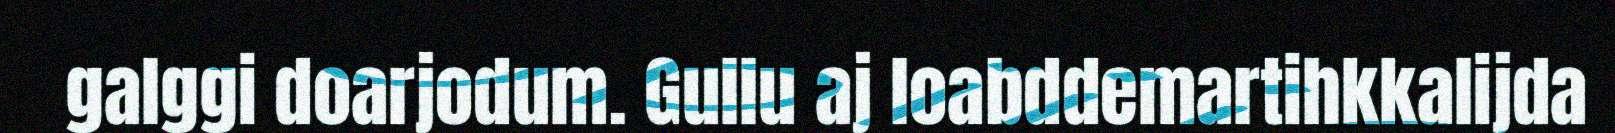
galggi doarjodum. Gullu aj loabddemartihkkalijda